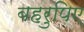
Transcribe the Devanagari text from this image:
बहरुपिए